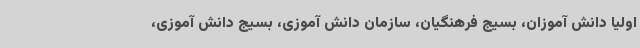
اولیا دانش آموزان، بسیج‌ فرهنگیان، سازمان دانش آموزی، بسیج دانش آموزی،